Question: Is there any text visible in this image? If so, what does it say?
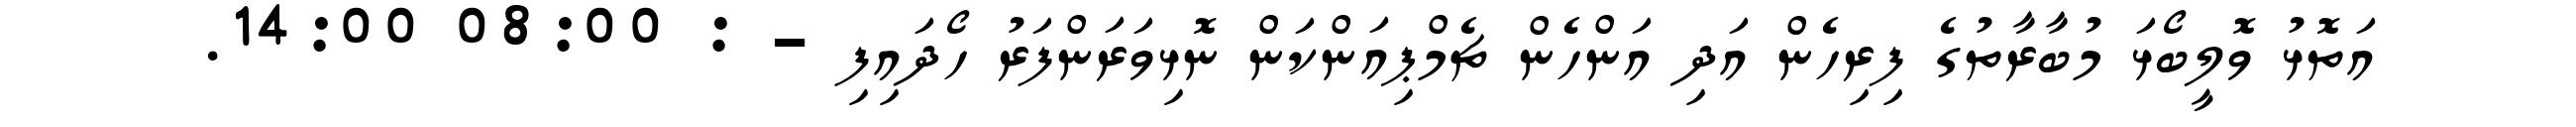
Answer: އަތޮޅު ވޮލީބޯޅަ މުބާރާތުގެ ފިރިހެން އަދި އަންހެން ޗެމްޕިއަންކަން ނޮޅިވަރަންފަރު ހޯދައިފި - : 08:00 14:00.